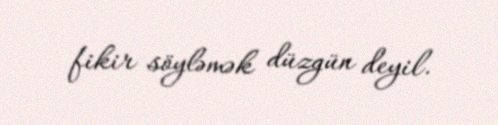
fikir söyləmək düzgün deyil.